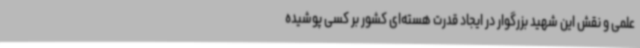
علمی و نقش این شهید بزرگوار در ایجاد قدرت هسته‌ای کشور بر کسی پوشیده